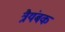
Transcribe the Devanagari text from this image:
त्रैयंबक